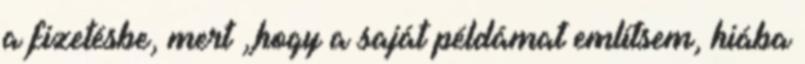
a fizetésbe, mert „hogy a saját példámat említsem, hiába